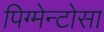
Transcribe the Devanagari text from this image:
पिग्मेन्टोसा